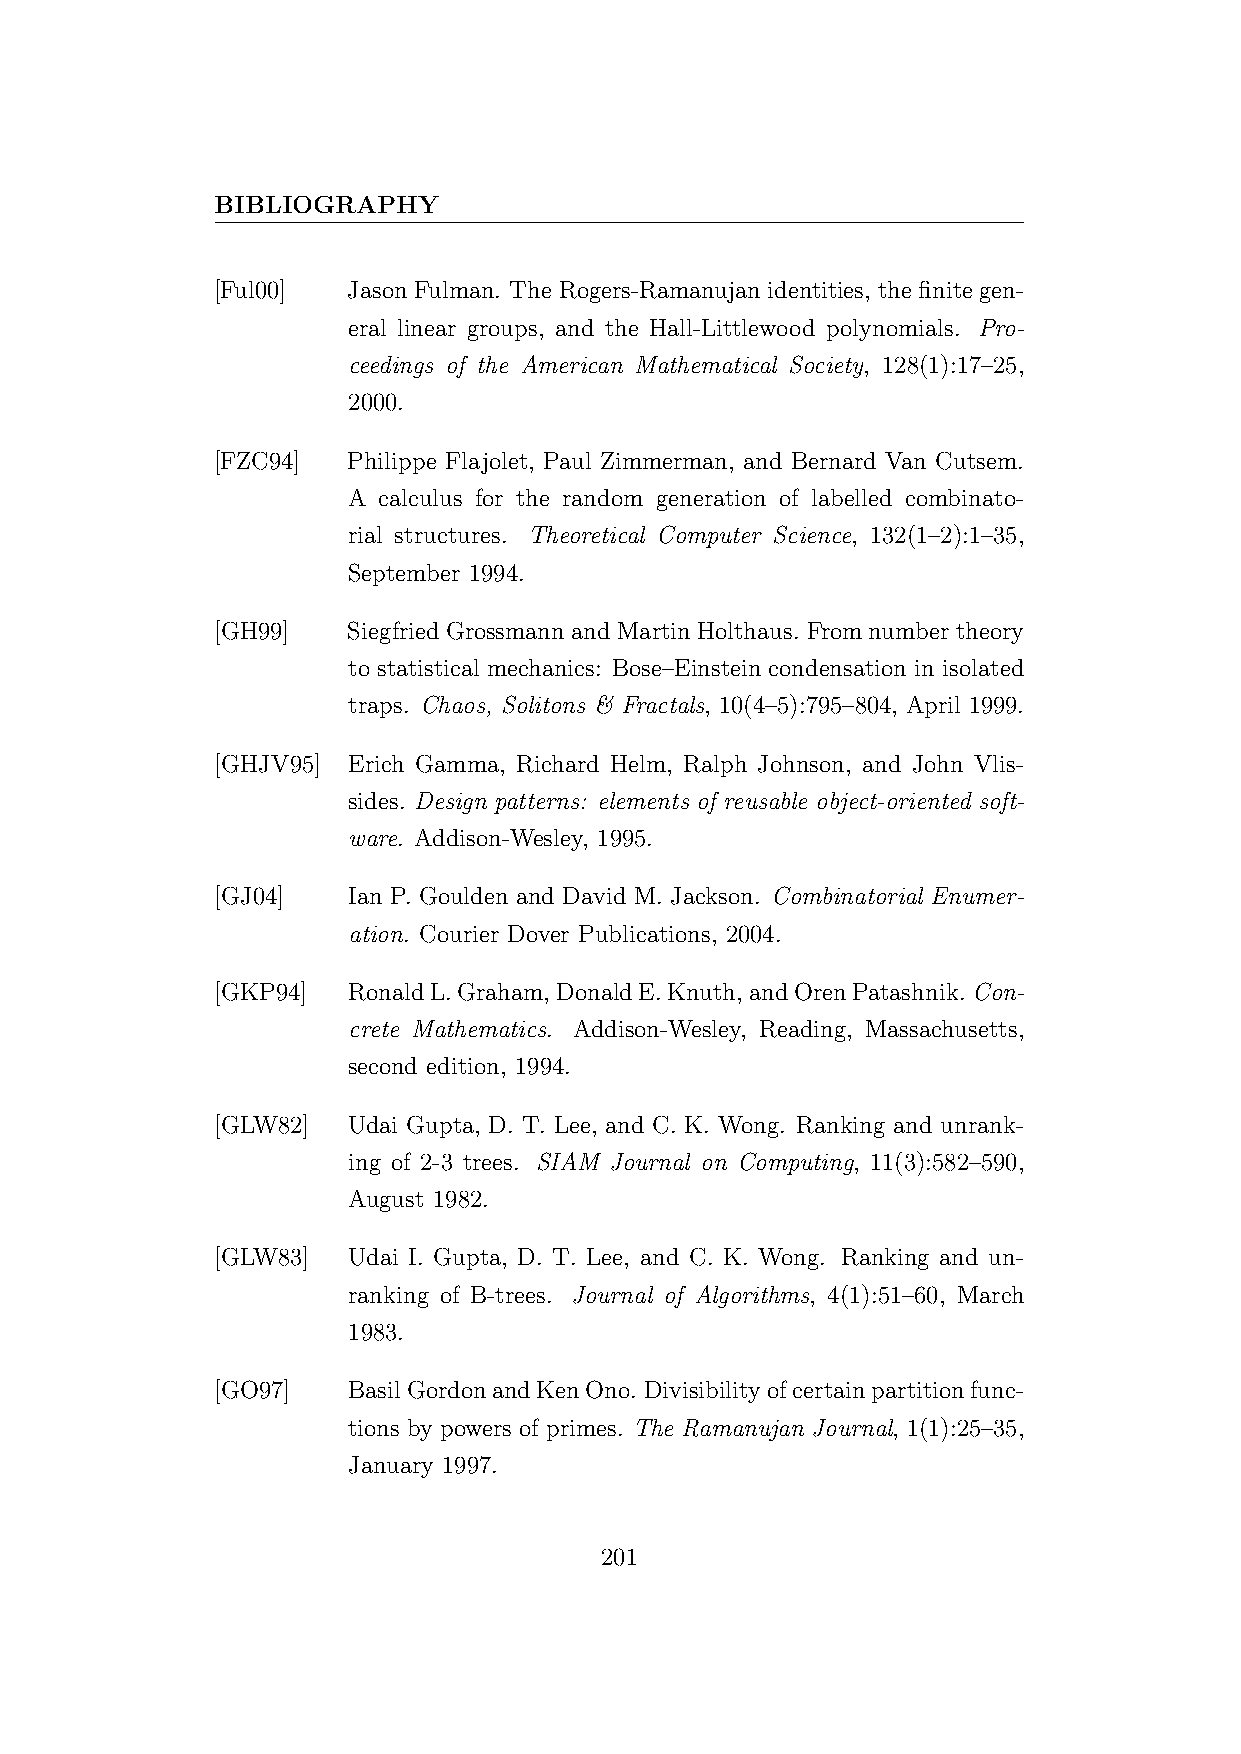
BIBLIOGRAPHY
 [Ful00]  Jason Fulman. The Rogers-Ramanujan identities, the finite gen-
 eral linear groups, and the Hall-Littlewood polynomials. Pro-
 ceedings of the American Mathematical Society, 128(1):17–25,
 2000.
 [FZC94]  Philippe Flajolet, Paul Zimmerman, and Bernard Van Cutsem.
 A calculus for the random generation of labelled combinato-
 rial structures. Theoretical Computer Science, 132(1–2):1–35,
 September 1994.
 [GH99]   SiegfriedGrossmannandMartinHolthaus. Fromnumbertheory
 to statistical mechanics: Bose–Einstein condensation in isolated
 traps. Chaos, Solitons & Fractals, 10(4–5):795–804, April 1999.
 [GHJV95] Erich Gamma, Richard Helm, Ralph Johnson, and John Vlis-
 sides. Design patterns: elements of reusable object-oriented soft-
 ware. Addison-Wesley, 1995.
 [GJ04]   Ian P. Goulden and David M. Jackson. Combinatorial Enumer-
 ation. Courier Dover Publications, 2004.
 [GKP94]  RonaldL.Graham,DonaldE.Knuth,andOrenPatashnik. Con-
 crete Mathematics. Addison-Wesley, Reading, Massachusetts,
 second edition, 1994.
 [GLW82]  Udai Gupta, D. T. Lee, and C. K. Wong. Ranking and unrank-
 ing of 2-3 trees. SIAM Journal on Computing, 11(3):582–590,
 August 1982.
 [GLW83]  Udai I. Gupta, D. T. Lee, and C. K. Wong. Ranking and un-
 ranking of B-trees. Journal of Algorithms, 4(1):51–60, March
 1983.
 [GO97]   BasilGordonandKenOno. Divisibilityofcertainpartitionfunc-
 tions by powers of primes. The Ramanujan Journal, 1(1):25–35,
 January 1997.
 201